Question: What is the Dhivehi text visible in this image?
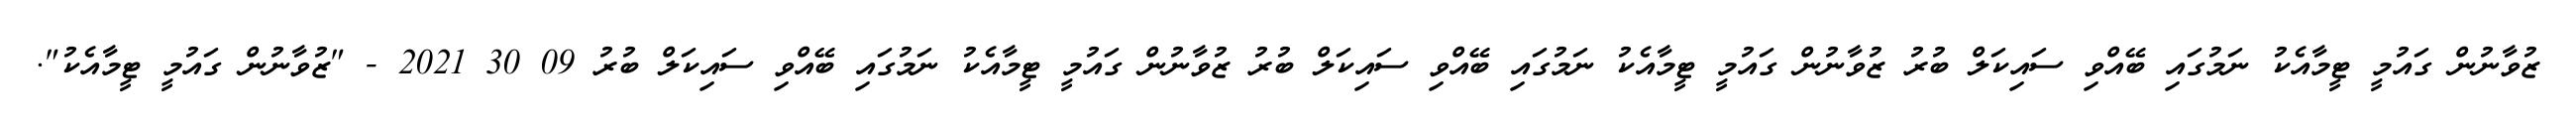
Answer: ޒުވާނުން ގައުމީ ޓީމާއެކު ނަމުގައި ބޭއްވި ސައިކަލް ބުރު ޒުވާނުން ގައުމީ ޓީމާއެކު ނަމުގައި ބޭއްވި ސައިކަލް ބުރު ޒުވާނުން ގައުމީ ޓީމާއެކު ނަމުގައި ބޭއްވި ސައިކަލް ބުރު 09 30 2021 - "ޒުވާނުން ގައުމީ ޓީމާއެކު".